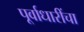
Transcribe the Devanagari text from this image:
पूर्वाधारींचा